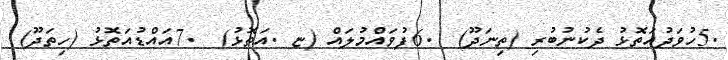
.5ހުވަދުއަތޮޅު ދެކުނުބުރި (ތިނަދޫ)  .6ފުވައްމުލައް (ޏ .އަތޮޅު)  .7އައްޑުއަތޮޅު (ހިތަދޫ)